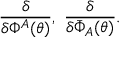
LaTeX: \frac { \delta } { \delta \Phi ^ { A } ( \theta ) } , \, \, \frac { \delta } { \delta \bar { \Phi } _ { A } ( \theta ) } .